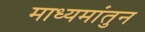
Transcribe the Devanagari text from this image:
माध्यमांतुन